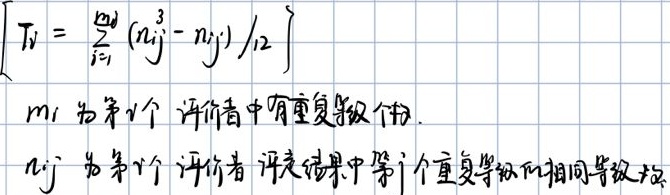
\[
\left[
T_{i}=\sum_{j = 1}^{m_{i}} (n_{ij}^{3}-n_{ij})/12
\right]
\]
$m_{i}$为第$i$个评价者中有重复等级个数.
$n_{ij}$为第$i$个评价者评定结果中第$j$个重复等级的相同等级数.